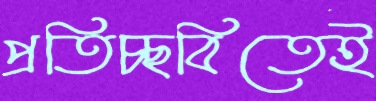
প্রতিচ্ছবিতেই